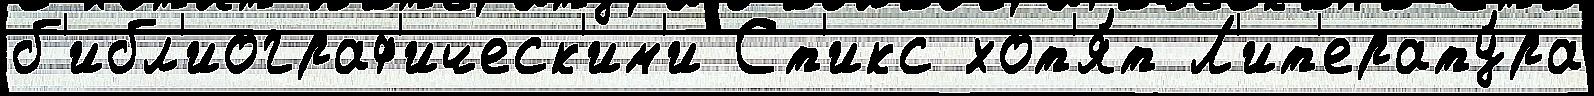
б'ибл'иограф'ическ'им'и Ст'икс хот'я́т Л'ит'ерату́ра